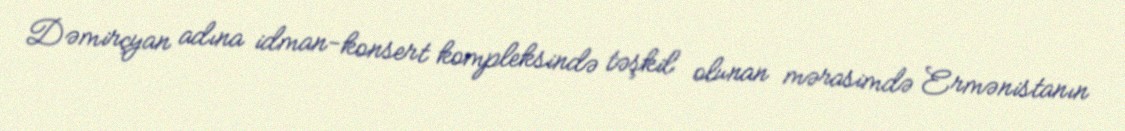
Dəmirçyan adına idman-konsert kompleksində təşkil olunan mərasimdə Ermənistanın